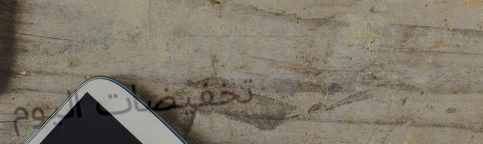
تخفيضات اليوم